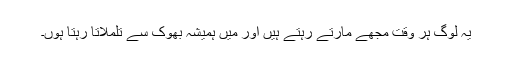
یہ لوگ ہر وقت مجھے مارتے رہتے ہیں اور میں ہمیشہ بھوک سے تلملاتا رہتا ہوں۔